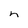
Character: n